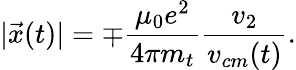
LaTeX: |\vec{x}(t)|=\mp\frac{\mu_{0}e^{2}}{4\pi m_{t}}\frac{v_{2}}{v_{cm}(t)}.